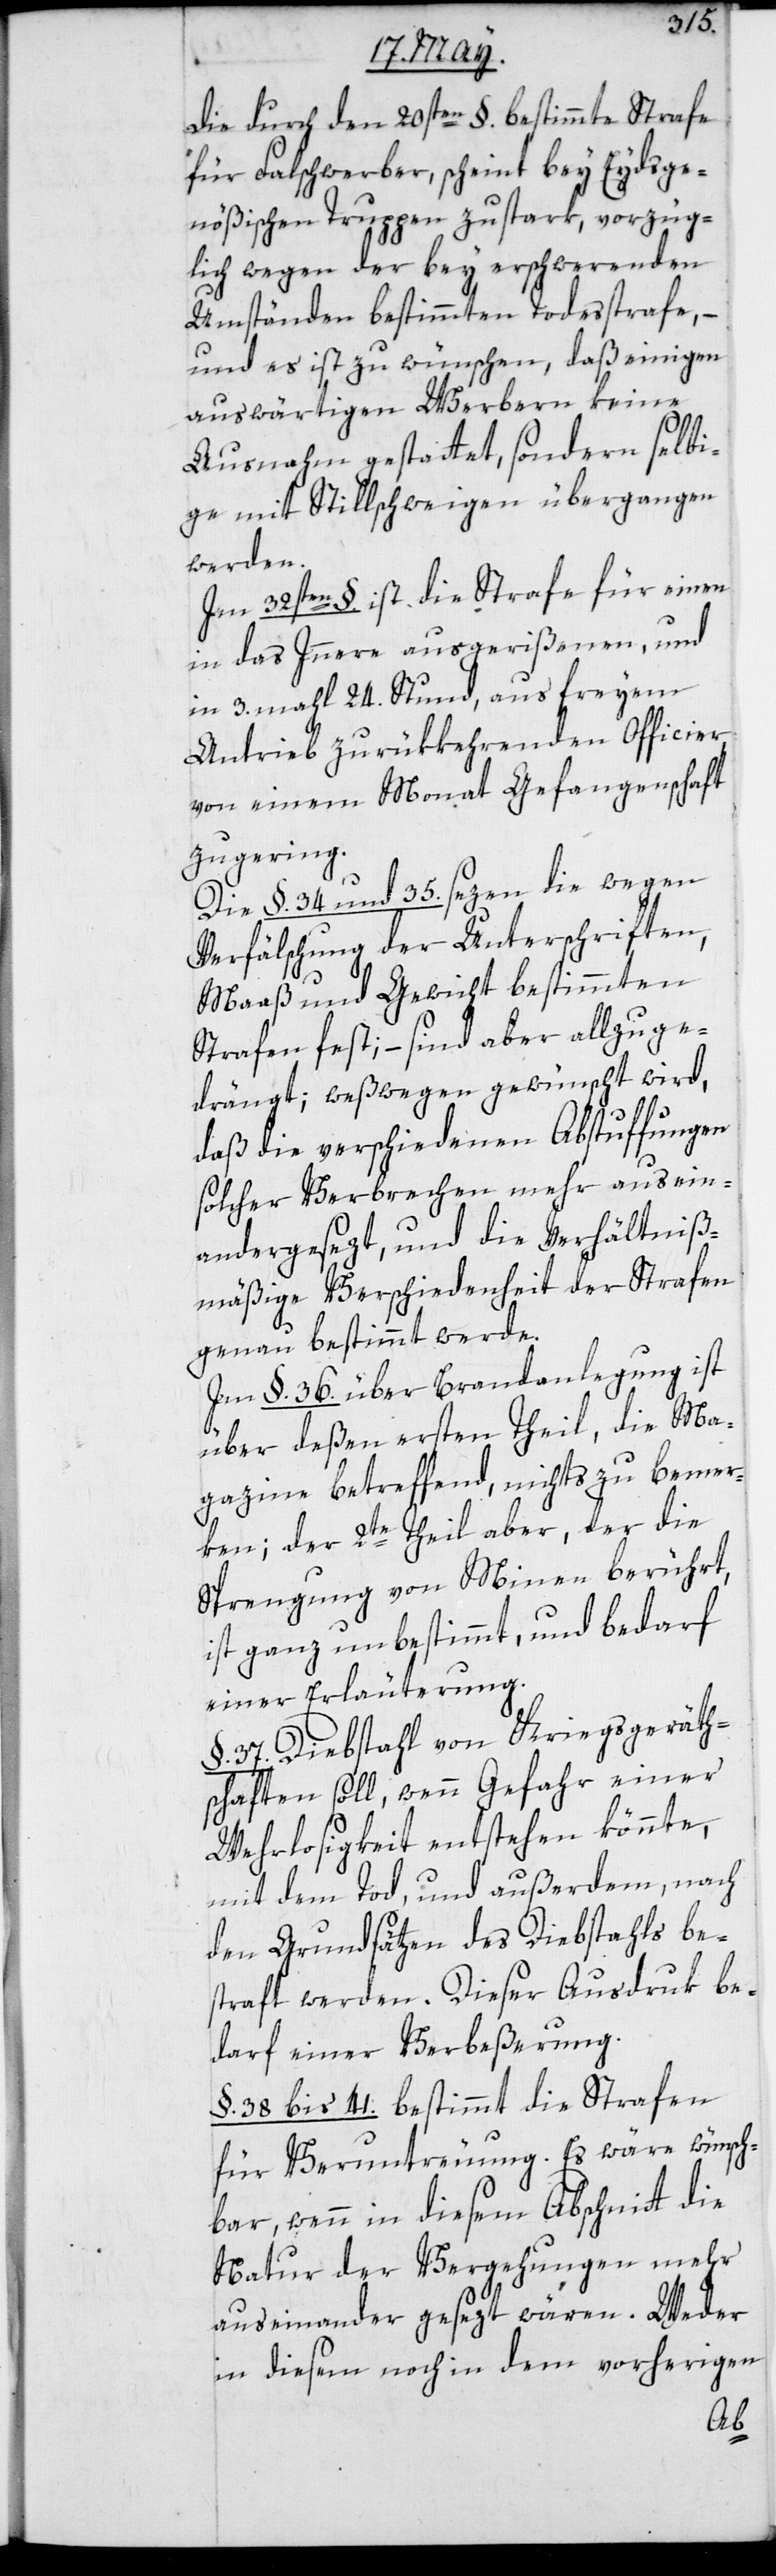
Die durch den 20sten §. bestimmte Strafe
für Falschwerber scheint bey Eydsge¬
nößischen Truppen zu stark, vorzüg¬
lich wegen der bey erschwerenden
Umständen bestimmten Todesstrafe,
und es ist zu wünschen, daß einigen
auswärtigen Werbern keine
Ausnahme gestattet, sondern selbi¬
ge mit Stillschweigen übergangen
werden.
Im 32sten §. ist die Strafe für einen
in das Innere ausgerißenen, und
in 3. mahl 24. Stund, aus freyem
Antrieb zurükkehrenden Officier
von einem Monat Gefangenschaft
zu gering.
Die §. 34. und 35. sezen die wegen
Verfälschung der Unterschriften,
Maaß und Gewicht bestimmten
Strafen fest, – sind aber allzu ge¬
drängt; weßwegen gewünscht wird,
daß die verschiedenen Abstuffungen
solcher Verbrechen mehr ausein¬
ander gesezt, und die Verhältniß¬
mäßige Verschiedenheit der Strafen
genau bestimmt werde.
Im §. 36. über Brandlegung ist
über deßen ersten Theil, die Ma¬
gazine betreffend, nichts zu bemer¬
ken; der 2te Theil aber, der die
Sprengung von Minen berührt,
ist ganz unbestimmt und bedarf
einer Erläuterung.
§. 37. Diebstahl von Kriegsgeräth¬
schaften soll, wenn Gefahr einer
Wehrlosigkeit entstehen könnte,
mit dem Tod, und außerdem nach
den Grundsätzen des Diebstahls be¬
straft werden. Dieser Ausdruk be¬
darf einer Verbeßerung.
§. 38 bis 41. bestimmt die Strafen
für Veruntreuung. Es wäre wünsch¬
bar, wenn in diesem Abschnitt die
Natur der Vergehungen mehr
auseinander gesezt wären. Weder
in diesem noch in dem vorherigen